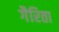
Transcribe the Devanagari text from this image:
गैरिता